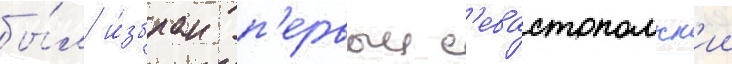
бы́л и́збран п'ервыи с'евастопольск'ии